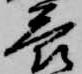
答